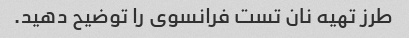
طرز تهیه نان تست فرانسوی را توضیح دهید.